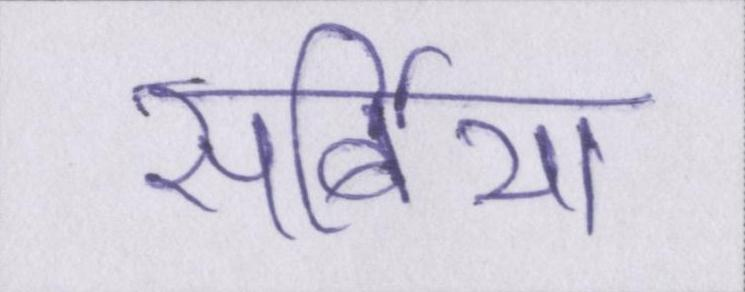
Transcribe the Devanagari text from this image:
सर्बिया